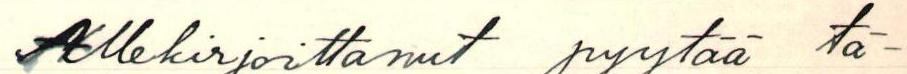
Allekirjoittanut pyytää tä-